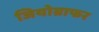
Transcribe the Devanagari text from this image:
जियोग्राफर